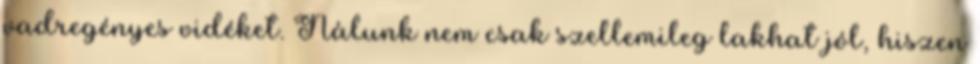
vadregényes vidéket. Nálunk nem csak szellemileg lakhat jól, hiszen